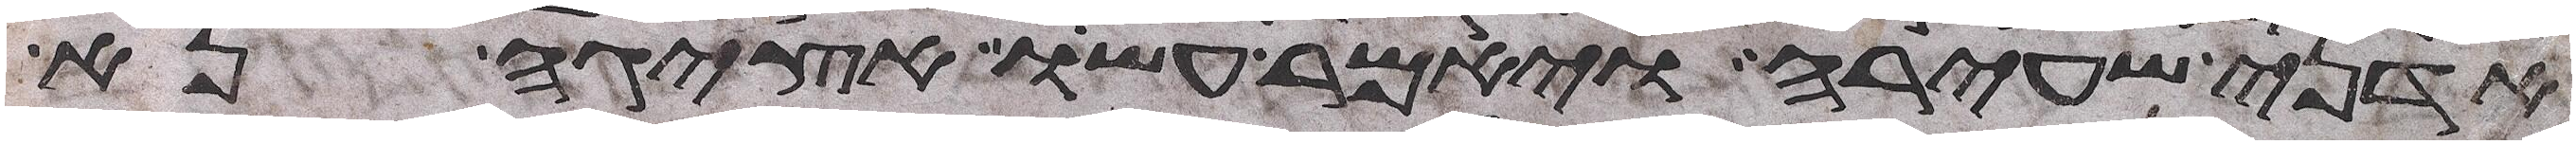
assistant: אדני שעירה ויאמר עשו אציגה נא